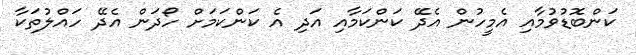
ކަންބޮޑުވުމާއި އެމީހުން އެދޭ ކަންކަމާއި އަދި އެ ކަންކަމަށް ހޯދަން އެދޭ ހައްލުތަކާ